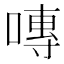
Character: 𭉾